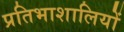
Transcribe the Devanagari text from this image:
प्रतिभाशालियों